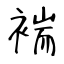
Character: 褍